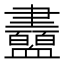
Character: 衋